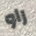
راو